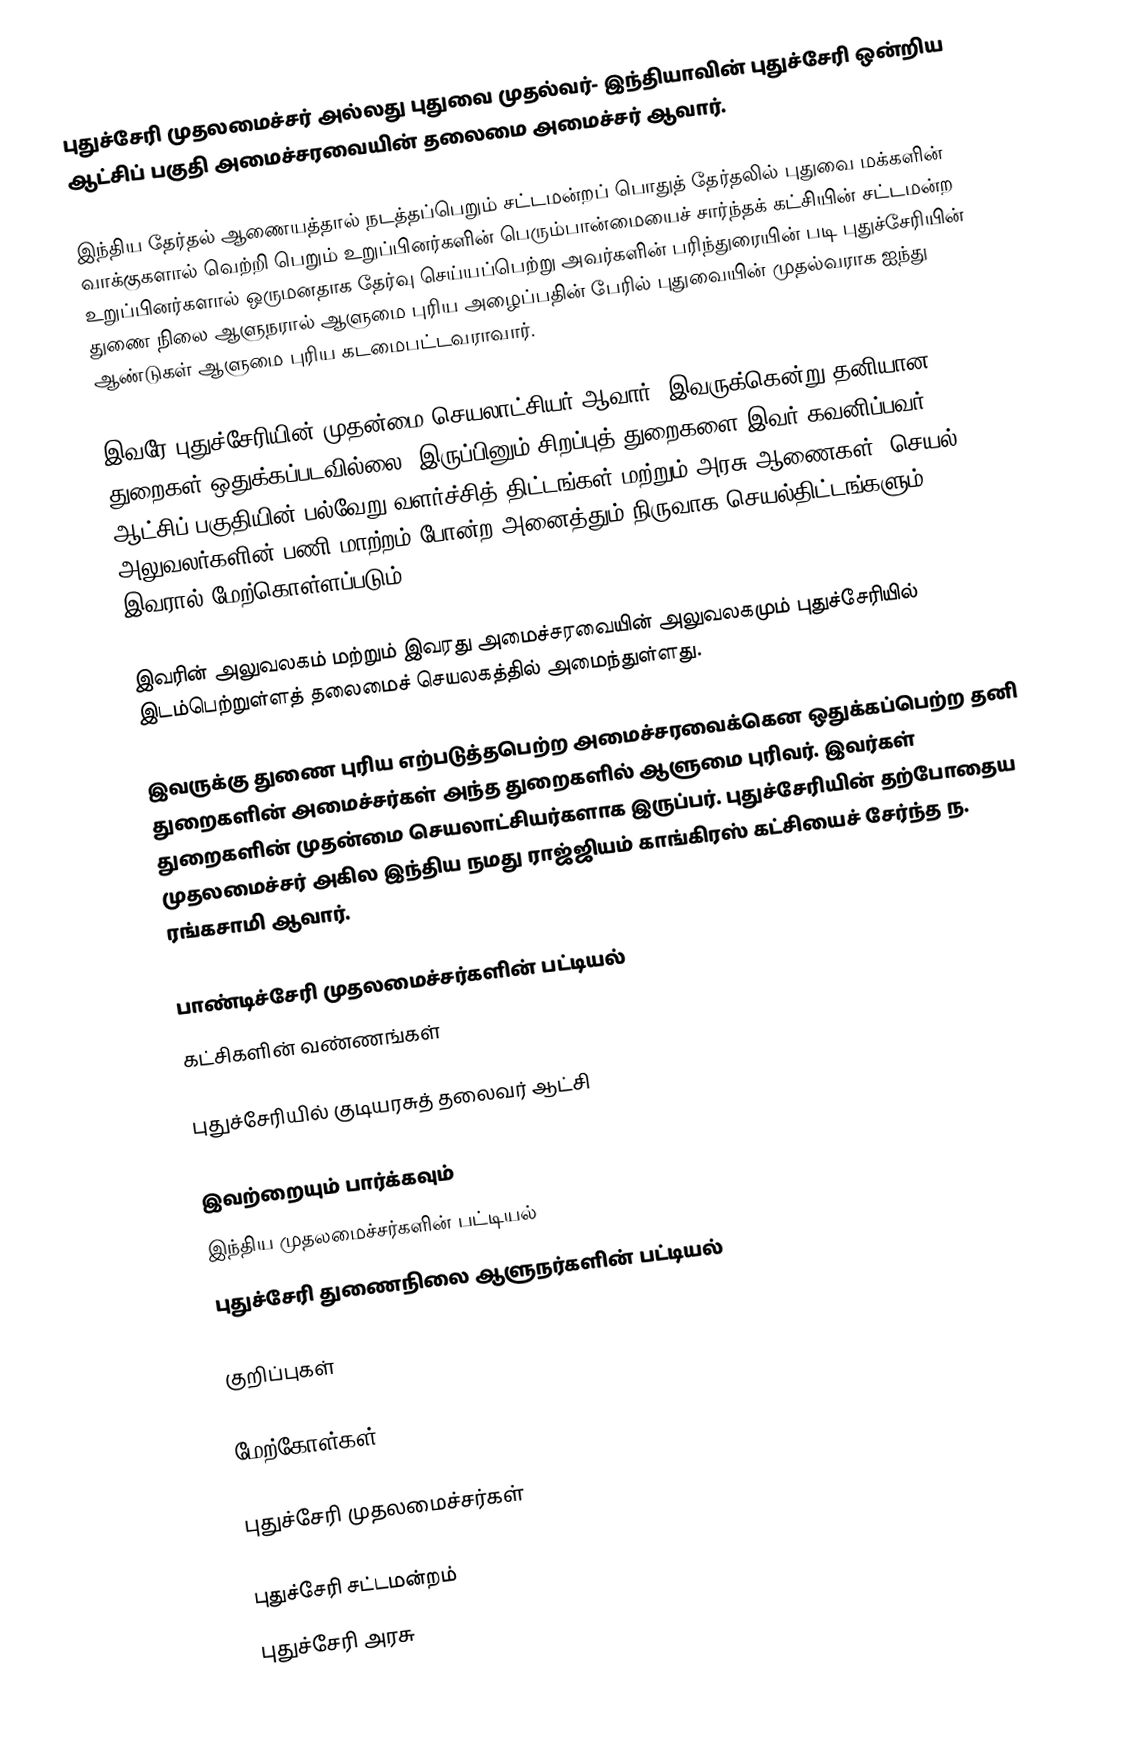
புதுச்சேரி முதலமைச்சர் அல்லது புதுவை முதல்வர்- இந்தியாவின் புதுச்சேரி ஒன்றிய ஆட்சிப் பகுதி அமைச்சரவையின் தலைமை அமைச்சர் ஆவார்.

இந்திய தேர்தல் ஆணையத்தால் நடத்தப்பெறும் சட்டமன்றப் பொதுத் தேர்தலில் புதுவை மக்களின் வாக்குகளால் வெற்றி பெறும் உறுப்பினர்களின் பெரும்பான்மையைச் சார்ந்தக் கட்சியின் சட்டமன்ற உறுப்பினர்களால் ஒருமனதாக தேர்வு செய்யப்பெற்று அவர்களின் பரிந்துரையின் படி புதுச்சேரியின் துணை நிலை ஆளுநரால் ஆளுமை புரிய அழைப்பதின் பேரில் புதுவையின் முதல்வராக ஐந்து ஆண்டுகள் ஆளுமை புரிய கடமைபட்டவராவார்.

இவரே புதுச்சேரியின் முதன்மை செயலாட்சியர் ஆவார். இவருக்கென்று தனியான துறைகள் ஒதுக்கப்படவில்லை, இருப்பினும் சிறப்புத் துறைகளை இவர் கவனிப்பவர். ஆட்சிப் பகுதியின் பல்வேறு வளர்ச்சித் திட்டங்கள் மற்றும் அரசு ஆணைகள், செயல் அலுவலர்களின் பணி மாற்றம் போன்ற அனைத்தும் நிருவாக செயல்திட்டங்களும் இவரால் மேற்கொள்ளப்படும்.

இவரின் அலுவலகம் மற்றும் இவரது அமைச்சரவையின் அலுவலகமும் புதுச்சேரியில் இடம்பெற்றுள்ளத் தலைமைச் செயலகத்தில் அமைந்துள்ளது.

இவருக்கு துணை புரிய எற்படுத்தபெற்ற அமைச்சரவைக்கென ஒதுக்கப்பெற்ற தனி துறைகளின் அமைச்சர்கள் அந்த துறைகளில் ஆளுமை புரிவர். இவர்கள் துறைகளின் முதன்மை செயலாட்சியர்களாக இருப்பர். புதுச்சேரியின் தற்போதைய முதலமைச்சர் அகில இந்திய நமது ராஜ்ஜியம் காங்கிரஸ் கட்சியைச் சேர்ந்த ந. ரங்கசாமி ஆவார்.

பாண்டிச்சேரி முதலமைச்சர்களின் பட்டியல்
கட்சிகளின் வண்ணங்கள்

புதுச்சேரியில் குடியரசுத் தலைவர் ஆட்சி

இவற்றையும் பார்க்கவும்
 இந்திய முதலமைச்சர்களின் பட்டியல்
 புதுச்சேரி துணைநிலை ஆளுநர்களின் பட்டியல்

குறிப்புகள்

மேற்கோள்கள்

புதுச்சேரி முதலமைச்சர்கள்

புதுச்சேரி சட்டமன்றம்
புதுச்சேரி அரசு